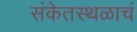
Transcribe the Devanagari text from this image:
संकेतस्थळाचं